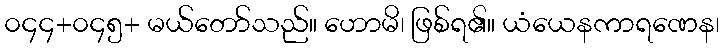
၀၄၄+၀၄၅+ မယ်တော်သည်။ ဟောမိ၊ ဖြစ်ရ၏။ ယံယေနကာရဏေန၊